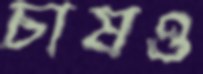
চাষও